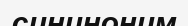
сининоним